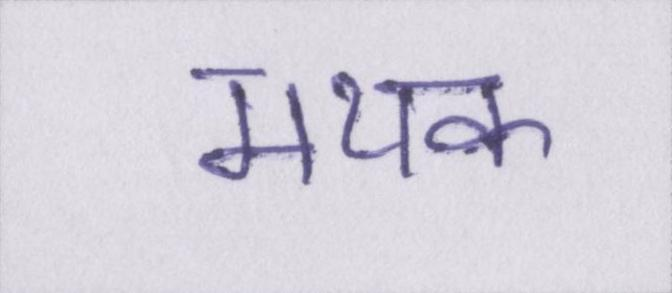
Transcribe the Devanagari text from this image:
मथक